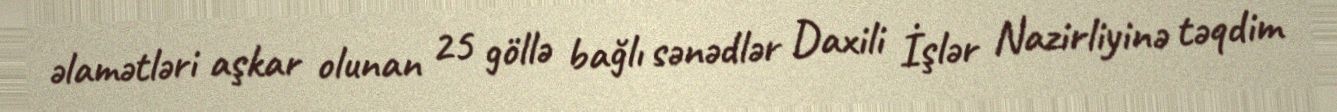
əlamətləri aşkar olunan 25 göllə bağlı sənədlər Daxili İşlər Nazirliyinə təqdim